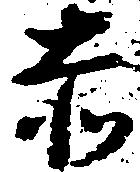
赤